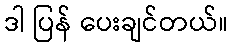
ဒါ ပြန် ပေးချင်တယ်။